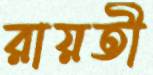
রায়তী